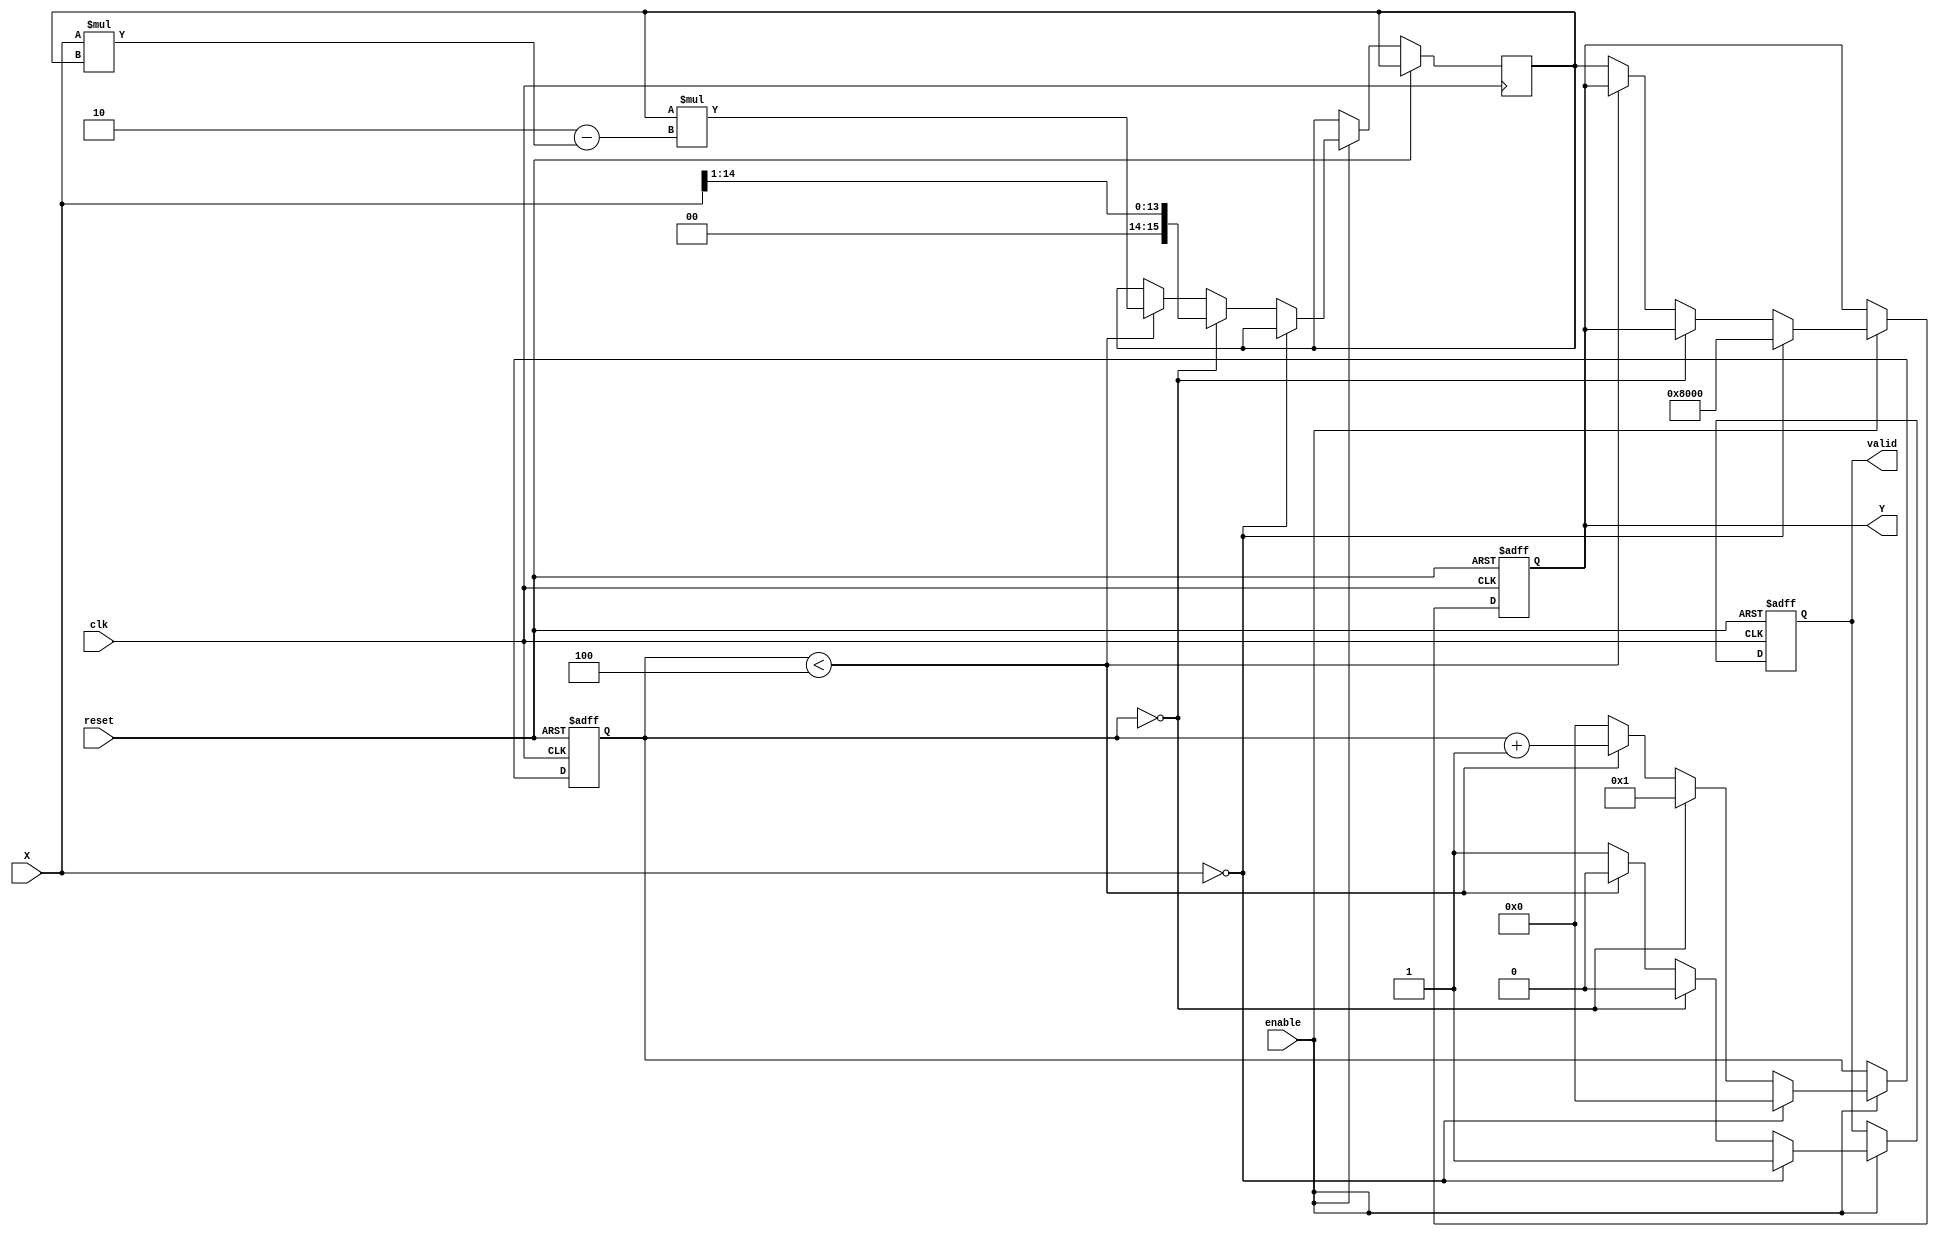
module BinaryFractionalReciprocal #(
    parameter N = 16,          // Width of the input/output
    parameter MAX_OUTPUT = {1'b1, {N-1{1'b0}}} // Maximum representable output
)(
    input  wire                  clk,       // Clock signal
    input  wire                  reset,     // Reset signal
    input  wire                  enable,    // Enable signal
    input  wire [N-1:0]         X,         // Input (fixed-point fractional value)
    output reg  [N-1:0]         Y,         // Output (reciprocal value)
    output reg                  valid      // Valid output signal
);

reg [N-1:0] Y_n;               // Intermediate value for Newton-Raphson
reg [3:0] iteration_count;      // Counter for iterations
parameter MAX_ITERATIONS = 4;   // Maximum number of iterations for Newton-Raphson

always @(posedge clk or posedge reset) begin
    if (reset) begin
        Y <= 0;
        valid <= 0;
        iteration_count <= 0;
    end else if (enable) begin
        if (X == 0) begin
            // Handle division by zero
            Y <= MAX_OUTPUT; // or some predefined error value
            valid <= 1;
            iteration_count <= 0;
        end else if (iteration_count == 0) begin
            // Initial guess for Y_n (can be optimized based on expected input values)
            Y_n <= {1'b0, X[N-2:1]}; // Initial guess could be 1/2 of the input
            iteration_count <= 1; // Start first iteration
            valid <= 0;
        end else if (iteration_count < MAX_ITERATIONS) begin
            // Newton-Raphson iteration
            Y_n <= Y_n * (2 - X * Y_n); // Update Y_n
            iteration_count <= iteration_count + 1; // Increment iteration count
            valid <= 0;
        end else begin
            // Final output after iterations are done
            Y <= Y_n;
            valid <= 1;
            iteration_count <= 0; // Reset for the next operation
        end
    end
end

endmodule